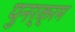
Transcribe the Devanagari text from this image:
पुनर्क्रम